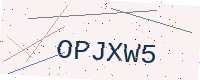
Text: OPJXW5